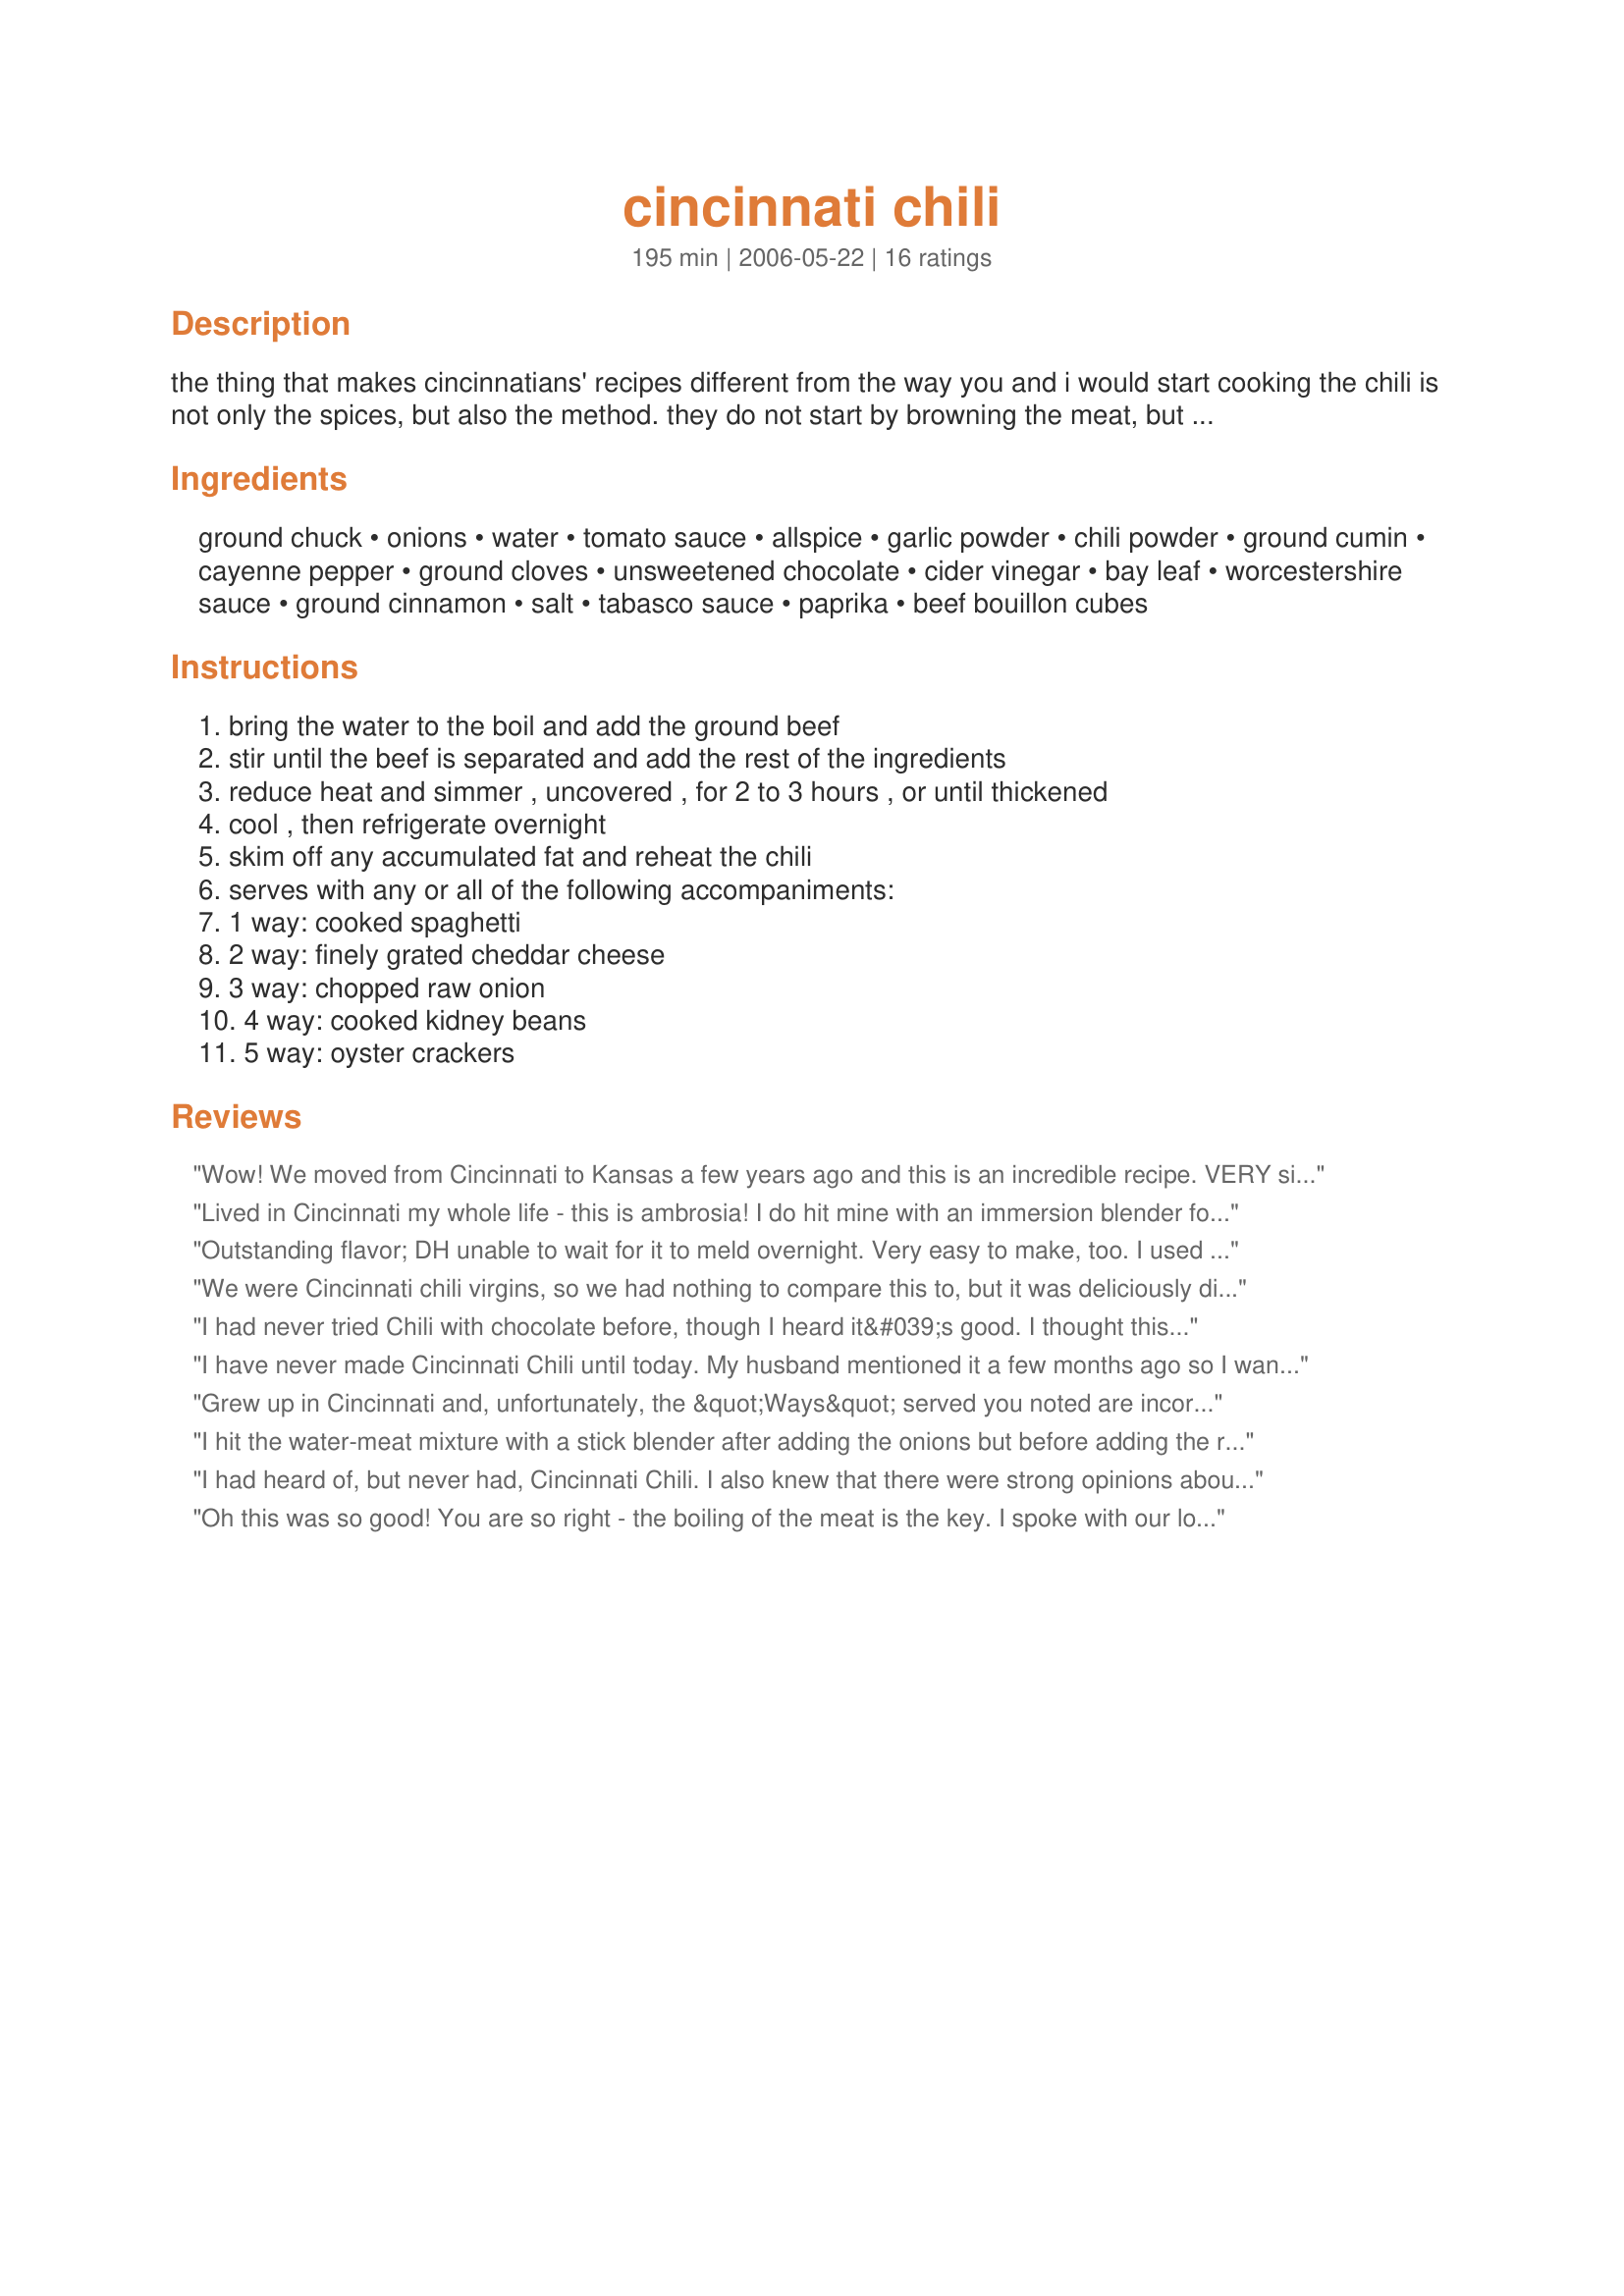
cincinnati chili
Preparation time: 195 minutes

the thing that makes cincinnatians' recipes different from the way you and i would start cooking the chili is not only the spices, but also the method. they do not start by browning the meat, but by boiling it!

Ingredients:
ground chuck, onions, water, tomato sauce, allspice, garlic powder, chili powder, ground cumin, cayenne pepper, ground cloves, unsweetened chocolate, cider vinegar, bay leaf, worcestershire sauce, ground cinnamon, salt, tabasco sauce, paprika, beef bouillon cubes

Steps:
bring the water to the boil and add the ground beef, stir until the beef is separated and add the rest of the ingredients, reduce heat and simmer , uncovered , for 2 to 3 hours , or until thickened, cool , then refrigerate overnight, skim off any accumulated fat and reheat the chili, serves with any or all of the following accompaniments:, 1 way: cooked spaghetti, 2 way: finely grated cheddar cheese, 3 way: chopped raw onion, 4 way: cooked kidney beans, 5 way: oyster crackers

Reviews:
Wow! We moved from Cincinnati to Kansas a few years ago and this is an incredible recipe. VERY similar to Skyline. My husband and 11-year-old daughter were impressed and my husband actually thought this was better than Skyline! The only change that I would insist on is not to add onions to the chili. Real Cincinnati chili doesn't have chopped onions in the chili but they are put raw on top of the chili at serving time along with cheese, etc. I used a little onion powder instead instead of chopped onions and it was great. I also added a little more salt (1/2 to 1 tsp.) and used a pressure cooker (for 1/2 an hour) to cook it faster since the family was hungry and couldn't wait 2-3 hours. Cincinnati chili is supposed to be a little "watery" anyway. We ate it right away and it was great. I'm so excited - now we can stop shipping cans of Skyline in from Cincinnati! Thanks for posting this KelBel!
Lived in Cincinnati my whole life - this is ambrosia! I do hit mine with an immersion blender for a few rounds to make it thin - you don't want chunks of meat or onion. I keep a crock pot of this for parties with boiled hot dogs and buns, spaghetti and fixin's or layer it with cream cheese, beans and cheese for an awesome dip. Always popular.
Outstanding flavor; DH unable to wait for it to meld overnight. Very easy to make, too. I used 1 T. cocoa instead of the unsweetened chocolate. Thank you!
ETA: I've also made this with lentils (about 3/4 lbs) for meatless meals, and it's still outstanding.
 We were Cincinnati chili virgins, so we had nothing to compare this to, but it was deliciously different. We all had it 4-way, and we all had second helpings! I used cocoa powder in place of the chocolate but otherwise made it just as written. Thanks, KelBel--I'll make this again!
I had never tried Chili with chocolate before, though I heard it&#039;s good. I thought this had a nice flavor, but the cloves were too heavy for my taste. Next time I will cut the amount in half, and maybe kick up the heat a little with more chili pepper. I added only 1 can of Kidney beans to round it out, and I served it over white rice (British Style). Thank you for a nice dinner!
I have never made Cincinnati Chili until today. My husband mentioned it a few months ago so I wanted to make it. I had read all of the reviews before I tackled this recipe. Some mentioned that the cloves and cinnamon are too strong. I use cinnamon sticks in the ubiquitous Vietnamese noodles, pho. Cinnamon powder is put in a cloth spice bag and discard when done. So I put in 2 2&quot; cinnamon sticks and 1 T of whole cloves in a spice bag. You can wrap the cloves in a coffee filter, wrap completely and tie in kitchen twine. Since I grind my own beef, I simply slide the freshly ground meat into the boiling water, stir with a wooden spoon. Or like someone suggested, use the stick blender to break up the meat. I skipped the onion since quite a few folks from Cincinnati said onion is a &quot;way&quot;, not in the chili itself. I used 1 1/2 Tablespoons of raw cacao powder and 1/2 T of butter instead of the 1/2 oz. unsweetened chocolate. I used the same measurement for the rest of the ingredients. Once done, discard the clove bag and cinnamon sticks. My husband loved it with raw chopped onion and shredded cheddar cheese. He said it is a keeper.
Grew up in Cincinnati and, unfortunately, the &quot;Ways&quot; served you noted are incorrect. (Neither has a 1 way and the other options are subtly different than you mentiont.) Please consult the online menu pages for Skyline and Gold Star. Even their versions different slightly. Nice effort though!
I hit the water-meat mixture with a stick blender after adding the onions but before adding the remaining ingredients. Gave the perfect texture. After reviewing these comments I'll leave the onions out next time - after spending most of my adult life after college in Cincinnati, I'm a purist!
I had heard of, but never had, Cincinnati Chili. I also knew that there were strong opinions about the "best" CC.

For a certain party -- a NY Jets vs. Cincinnati Bengals playoff game (1/09/10) -- I wanted to give it a try. Having looked through the many CC recipes and reviews on Zaar, I zeroed in on Debbie R's and, with my fingers crossed, gave it a try. (FYI: I tripled this, but otherwise, followed it precisely.)

It was super-easy to make -- mostly it takes a few hours to simmer -- and the results were fantastic. Although It's totally unlike the many Tex-Mex chilis with which I am familiar (CIncinnati Chili is more like a meat sauce than a stew), me and the other NY'ers who had never had CC all adored it -- especially the three- and four- and five-way versions. It was fun listening to people try to guess the spices as they tasted it.

BUT I happened to serve two Cincinnatians and they thought this was superb! (Both asked for extra hot sauce -- so keep the Tabasco out with the other condiments.)

(I served this with Recipe #170772 for dessert, which everyone adored too.)

Thank you, KelBel!
Oh this was so good! You are so right - the boiling of the meat is the key. I spoke with our local Hard Times Cafe and they confirmed that the hot/boiling water is the secret! This tastes a lot like their Cinci chili, which is awesome! My family loved this recipe! The only change I made was to omit the onions. I have now made this recipe several times and my in-laws are now huge fans, too. Thank you SO very much for this recipe!
I am so glad to have this recipe!!!!! It was great! I did not have beef bouillon so used chicken....it really needs the beef. Next time I make it I will goose up the spices....may not then be "authentic" but that's ok by me. I thought 1 way was just the chili, 2 way chili on spaghetti, 3 way add cheese 4 way add onions or beans 5 way add onion or beans (whichever you didn't already add. You can check out Skyline Chili Menu at http://skylinechili.com/menu.pdf They also use this chili for "Coney Island Hot Dogs" It is a little richer and more complex than traditional Coney Island Chili. THANKS!!!!
Out of all the 'Cincinnati Chili' and 'Skyline' clone recipes out there, I believe this one is the closest yet to Skyline.. We have one here in Clearwater, and can also purchase it frozen, but being able to make it yourself at home is definitely preferred. (Especially since they charge almost $4 for a chili-dog, and theirs are only like 3" long, lol..) Today we had the chili over spaghetti, 3-way, and splashed with Tabasco, and I think the texture and flavor (and even the color) would rival what you would get in the Skyline parlor. Delicious! 5-stars! Thanks KelBel..
I felt like one of Macbeth's witches stirring a magical brew as I added the spices to this one by one - each addition brought a puff on new aroma, the colour would change and even the texture (especially after the addition of the cocoa - oh yes, I used cocoa for the unsweetened chocolate). This recipe REALLY reminds me of Recipe #70268 - it's almost uncannily similar in taste and method. I had also soaked and cooked up some black beans, which I added to this. I made up 1 1/2 times the recipe, as my DH is a big chili fan, and I have lots of little tupperware servings of this in the freezer for him to enjoy during the month. Very good.
This is the best Cincinnati chili recipe I&#039;ve come across, but as a long-time Cincinnati resident I have to tell you that you have the &quot;ways&quot; all wrong.&lt;br/&gt;&lt;br/&gt;3 way - spaghetti, chili, cheese&lt;br/&gt;4 way - spaghetti, beans or onions, cheese&lt;br/&gt;5 way - spaghetti, chili, beans, onions, cheese&lt;br/&gt;&lt;br/&gt;Oyster crackers have nothing to do with &quot;ways&quot;. They are a traditional accompaniment to the chili no matter which &quot;way&quot; you serve it. The cheese is always mild cheddar, finely shredded.
We just had a Super Bowl chili cook off in my office and this recipe won in a landslide! Everyone was impressed with the combination of all the spices. Great on a hot dog with shredded cheese.
I&#039;m not sure that this recipe actually tastes like Skyline OR Gold Star .... It&#039;s more like the REAL chili places in Cincinnati ... Blue Ash Chili or Empress Chili, Maybe Camp Washington Chili.... But ... With that said .... This is CLEARLY a 5-star Cincinnati Chili recipe. .... This is AS GOOD AS IT GETS ... But to be clear ... there are no onions &quot;cooked&quot; in Cincy chili ... (use onion powder if you like the onion flavor) ... The onions are added as a 4-way with onions OR beans. and for the Coneys ... It is a steamed hot dog and steamed bun with onions, mustard, chili and Finely shredded Mild Cheddar cheese (Although I use Sharp for more flavor) ... This recipe is TOP NOTCH!
